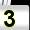
Digit: 3